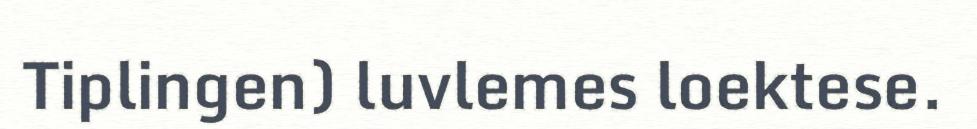
Tiplingen) luvlemes loektese.